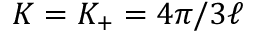
K = K _ { + } = { 4 \pi } / { 3 \ell }